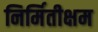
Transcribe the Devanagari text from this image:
निर्मितीक्षम